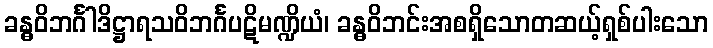
ခန္ဓဝိဘင်္ဂါဒိဋ္ဌာရသဝိဘင်္ဂပဋိမဏ္ဍိယံ၊ ခန္ဓဝိဘင်းအစရှိသောတဆယ့်ရှစ်ပါးသော